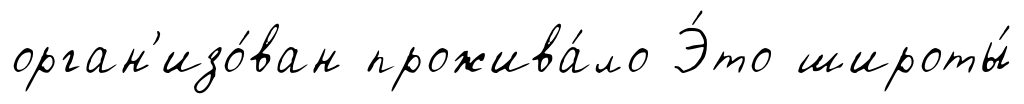
орган'изо́ван прожива́ло Э́то широты́